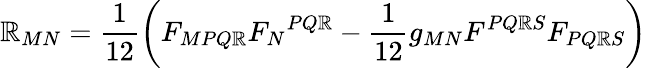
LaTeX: \mathbb{R}_{MN}=\frac{{1}}{{12}}\left(F_{MPQ\mathbb{R}}F_{N}{}^{PQ\mathbb{R}}-\frac{{1}}{{12}}g_{MN}F^{PQ\mathbb{R}S}F_{PQ\mathbb{R}S}\right)